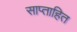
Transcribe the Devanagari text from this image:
साप्ताहित